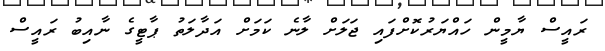
ރައީސް ޔާމީން ހައްޔަރުކޮށްފައި ޖަލަށް ލާނެ ކަމަށް އަދާލަތު ޕާޓީގެ ނާއިބު ރައީސް